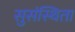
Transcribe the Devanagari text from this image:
सुसंस्थिता